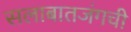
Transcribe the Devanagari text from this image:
सलाबातजंगची